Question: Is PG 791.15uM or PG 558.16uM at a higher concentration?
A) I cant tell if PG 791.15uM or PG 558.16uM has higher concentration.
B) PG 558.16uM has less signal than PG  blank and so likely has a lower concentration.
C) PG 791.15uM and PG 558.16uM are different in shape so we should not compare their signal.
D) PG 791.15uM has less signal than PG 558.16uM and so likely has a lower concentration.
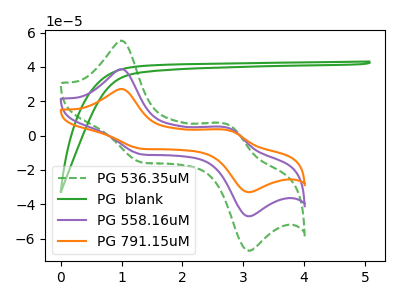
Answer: <think>The green dashed curve "PG 536.35uM" has anodic peaks at (1.00V, 77.45uA) (2.75V, 9.15uA) and cathodic peaks at (1.35V, -22.05uA) (3.10V, -94.00uA). The green curve "PG  blank" has no peaks. The purple curve "PG 558.16uM" has anodic peaks at (1.00V, 38.70uA) (2.75V, 4.55uA) and cathodic peaks at (1.35V, -11.05uA) (3.10V, -47.00uA). The orange curve "PG 791.15uM" has anodic peaks at (1.00V, 27.15uA) (2.75V, 3.20uA) and cathodic peaks at (1.35V, -7.75uA) (3.10V, -32.95uA).
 All the peaks in "PG 791.15uM" have a peak in "PG 558.16uM" at the same potential. Every peak in "PG 791.15uM" is lower than every peak in "PG 558.16uM".</think>
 <answer>D) "PG 791.15uM" has less signal than "PG 558.16uM" and so likely has a lower concentration.</answer>
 <eval>D</eval>